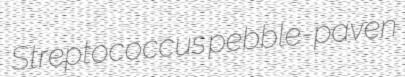
Streptococcus pebble-paven